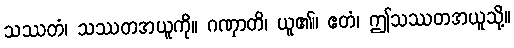
သဿတံ၊ သဿတအယူကို။ ဂဏှာတိ၊ ယူ၏။ ဧတံ၊ ဤသဿတအယူသို့။